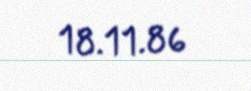
18.11.86